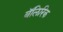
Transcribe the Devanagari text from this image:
बॅलिरिक